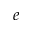
e